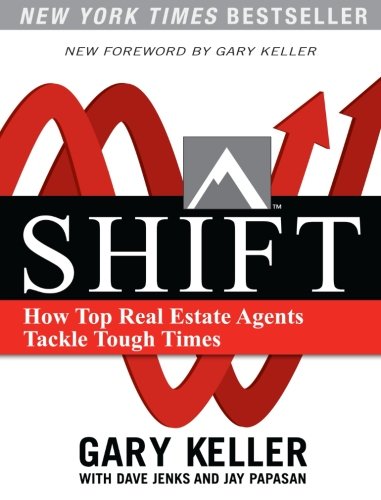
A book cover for Shift: How Top Real Estate Agents Tackle Tough Times; Gary Keller; Business & Money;